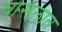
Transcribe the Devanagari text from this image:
वासलात